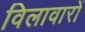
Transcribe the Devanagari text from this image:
विलावारों